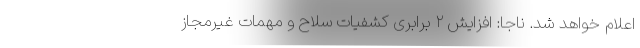
اعلام خواهد شد. ناجا: افزایش ۲ برابری کشفیات سلاح و مهمات غیرمجاز